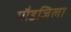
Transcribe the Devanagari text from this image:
गौडजिला